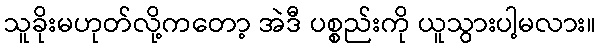
သူခိုးမဟုတ်လို့ကတော့ အဲဒီ ပစ္စည်းကို ယူသွားပါ့မလား။